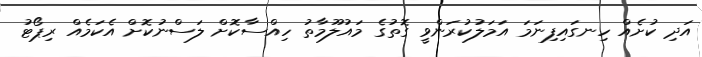
އަދި ކުށެއް ހިނގައިފިނަމަ އަމަލުކުރަންވީ ގޮތުގެ މައުލޫމާތު ހިއްސާކޮށް ލަސްނުކޮށް އެކަމެއް ރިޕޯޓު